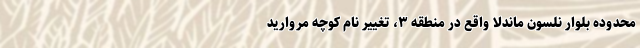
محدوده بلوار نلسون ماندلا واقع در منطقه ۳، تغییر نام کوچه مروارید